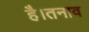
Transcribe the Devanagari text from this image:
है।तनाव